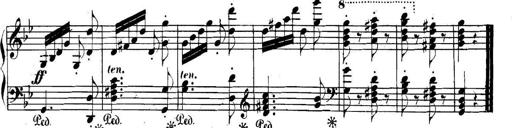
Title: Collected Piano Sonatas
Composer: Muzio Clementi